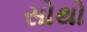
સોથો